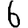
Digit: 6